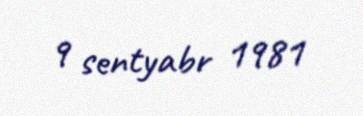
9 sentyabr 1981